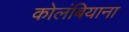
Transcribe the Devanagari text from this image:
कोलंबियाना